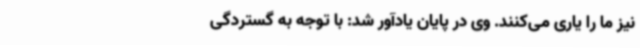
نیز ما را یاری می‌کنند. وی در پایان یادآور شد: با توجه به گستردگی